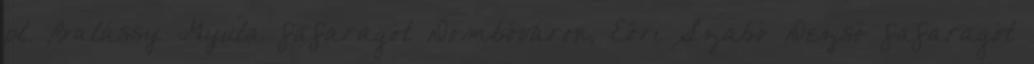
pl. Balássy Gyula fafaragót Dombóváron, Eöri Szabó Dezső fafaragót